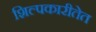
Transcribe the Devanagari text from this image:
शिल्पकारीतेत